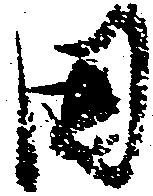
固